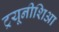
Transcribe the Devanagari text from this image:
ट्रयूनीशिआ